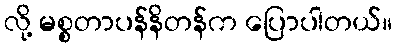
လို့ မစ္စတာပန်နိတန်က ပြောပါတယ်။